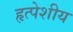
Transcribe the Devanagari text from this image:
हृत्पेशीय